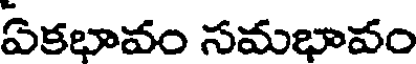
ఏకభావం సమభావం